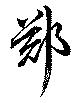
鄭